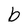
Character: b